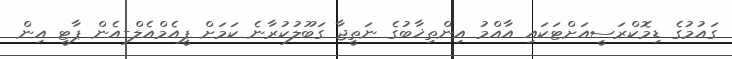
ގައުމުގެ ޑިމޮކްރަސީއަށްޓަކައި އާއްމު އިންތިޚާބުގެ ނަތީޖާ ގަބޫލުކުރާނެ ކަަމަށް ޕީއެމްއެލް-އެން ޕާޓީ އިން